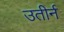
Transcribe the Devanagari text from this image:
उतीर्न